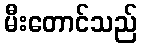
မီးတောင်သည်